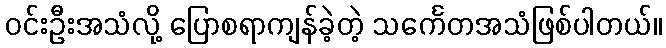
ဝင်းဦးအသံလို့ ပြောစရာကျန်ခဲ့တဲ့ သင်္ကေတအသံဖြစ်ပါတယ်။